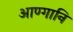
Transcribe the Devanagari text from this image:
आण्गानि